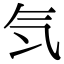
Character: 𣱖